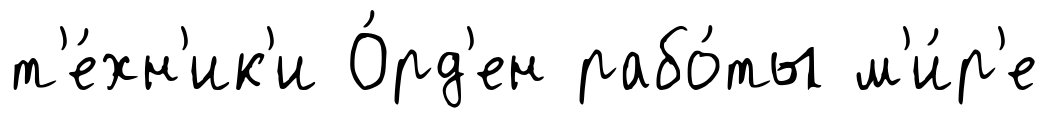
т'е́хн'ик'и О́рд'ен рабо́ты м'и́р'е